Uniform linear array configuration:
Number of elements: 48
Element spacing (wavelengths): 1
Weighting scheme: binomial
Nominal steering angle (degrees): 15
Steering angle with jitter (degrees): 13.782
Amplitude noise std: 0.05
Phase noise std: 0.05

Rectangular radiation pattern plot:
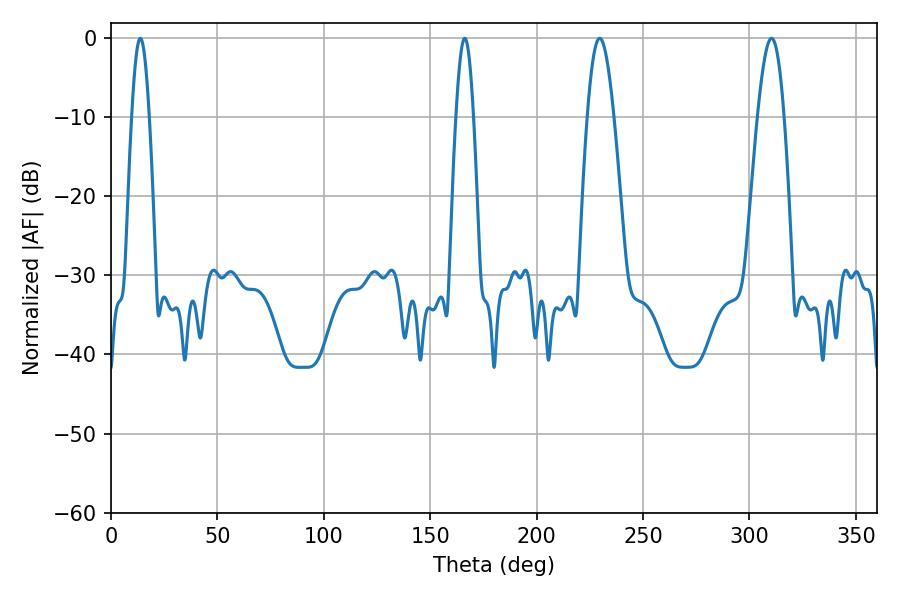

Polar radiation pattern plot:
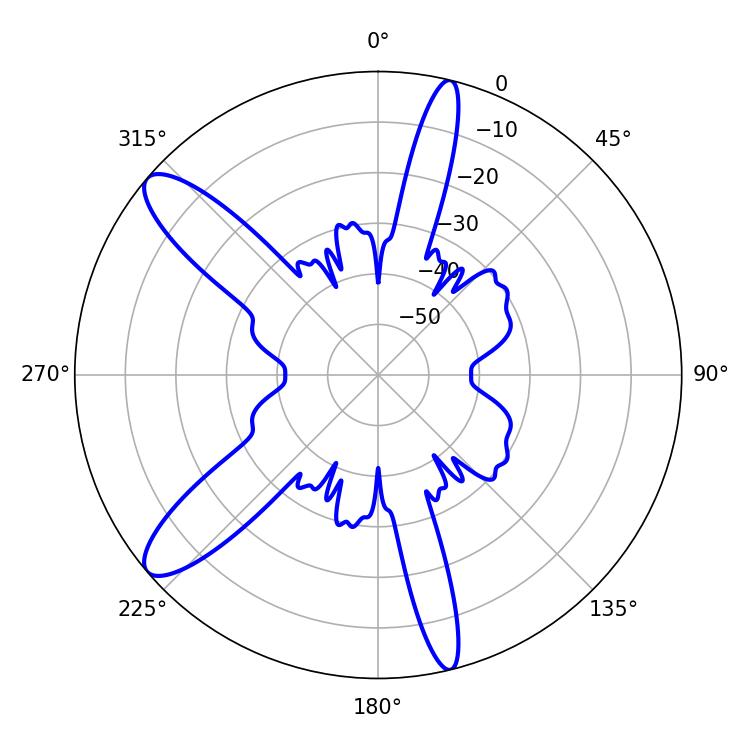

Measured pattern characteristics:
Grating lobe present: TRUE
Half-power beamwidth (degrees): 6.66
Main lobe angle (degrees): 229.68